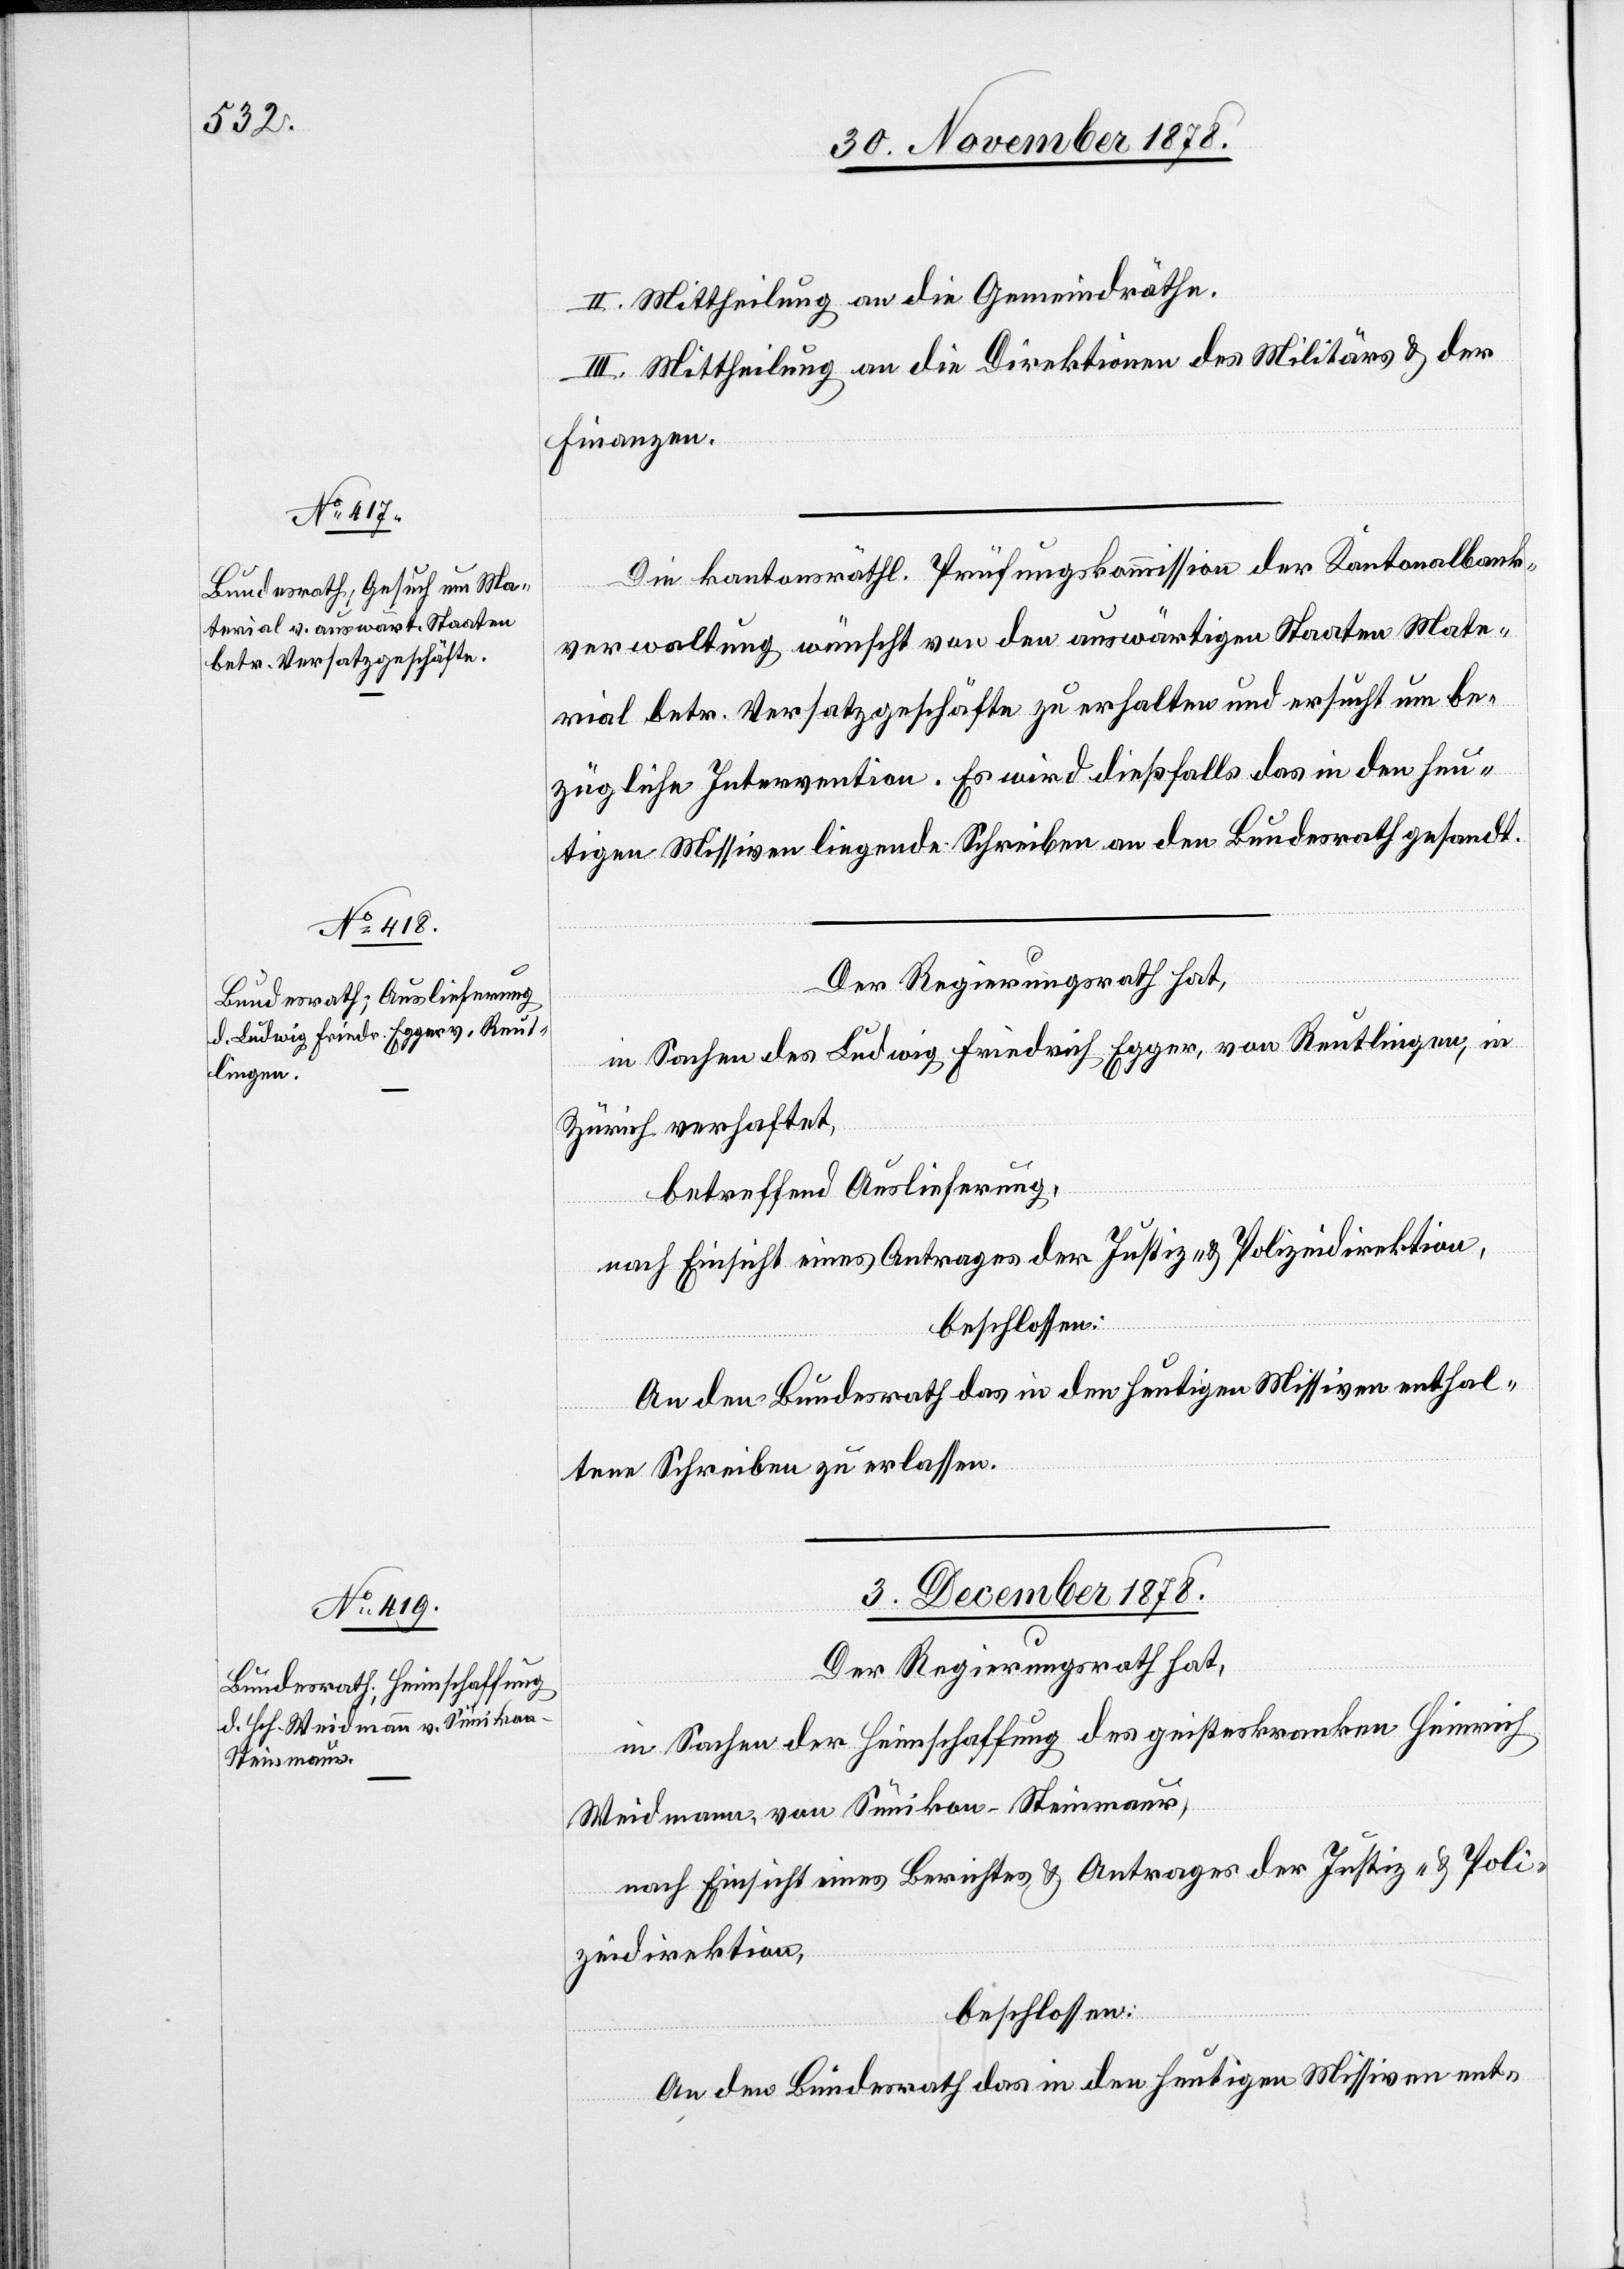
30. November 1878.]
II. Mittheilung an die Gemeindräthe.
III. Mittheilung an die Direktionen des Militärs & der
Finanzen.
Die kantonsräthl. Prüfungskommission der Kantonalbank¬
verwaltung wünscht von den auswärtigen Staaten Mate¬
rial betr. Versatzgeschäfte zu erhalten und ersucht um be¬
zügliche Intervention. Es wird dießfalls das in den heu¬
tigen Missiven liegende Schreiben an den Bundesrath gesandt.
Der Regierungsrath hat,
in Sachen des Ludwig Friedrich Egger, von Reutlingen, in
Zürich verhaftet,
betreffend Auslieferung,
nach Einsicht eines Antrages der Justiz- & Polizeidirektion,
beschlossen:
An den Bundesrath das in den heutigen Missiven enthal¬
tene Schreiben zu erlassen.
03. Dezember 1878.
Der Regierungsrath hat,
in Sachen der Heimschaffung des geisteskranken Heinrich
Weidmann, von Sünikon - Steinmaur,
nach Einsicht eines Berichtes & Antrages der Justiz- & Poli¬
zeidirektion,
beschlossen:
An den Bundesrath das in den heutigen Missiven ent-